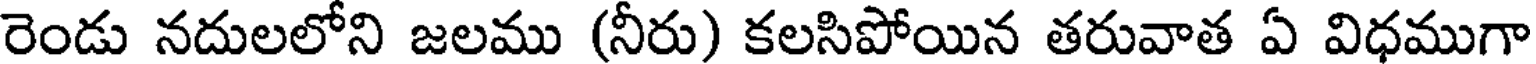
రెండు నదులలోని జలము (నీరు) కలసిపోయిన తరువాత ఏ విధముగా